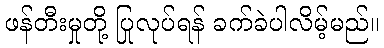
ဖန်တီးမှုတို့ ပြုလုပ်ရန် ခက်ခဲပါလိမ့်မည်။